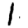
Digit: 1